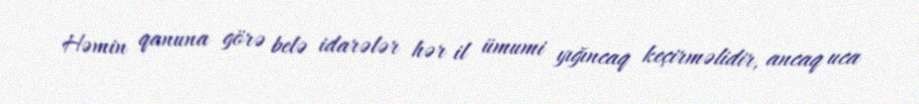
Həmin qanuna görə belə idarələr hər il ümumi yığıncaq keçirməlidir, ancaq uca